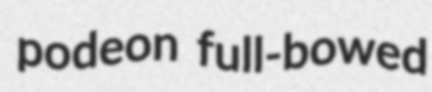
podeon full-bowed